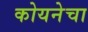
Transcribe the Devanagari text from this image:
कोयनेचा